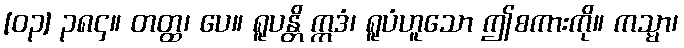
[၀၃] ၃၈၄။ တတ္ထ၊ ပေ။ ရူပန္တိ ဣဒံ၊ ရူပံဟူသော ဤစကားကို။ ကသ္မာ၊